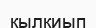
кылқиып